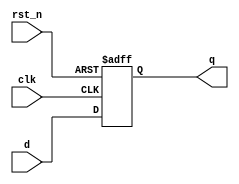
// 16-bit DFF with async reset
// 30 SEP 2014
// ECE552
module flop16b(q, d, clk, rst_n);
  input [15:0] d;
  input clk, rst_n;
  output reg [15:0] q;

  always @(posedge clk, negedge rst_n) begin
    if(~rst_n) begin
      q <= 16'b0;
    end
    else begin
      q <= d;
    end
  end
endmodule